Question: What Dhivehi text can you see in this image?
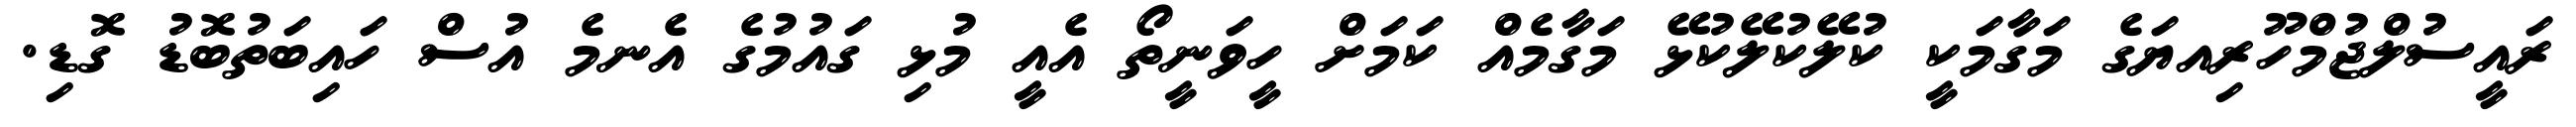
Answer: ރައީސުލްޖުމްހޫރިއޔަގެ މަގާމަކީ ކުލޭކުލޭކުޅޭ މަގާމެއް ކަމަށް ހީވަނީތޯ އެއީ މުޅި ގައުމުގެ އެނމެ އުސް ހައިބަތުބޮޑު ގޮޑި.